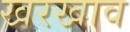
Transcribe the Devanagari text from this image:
खरखाव